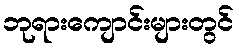
ဘုရားကျောင်းများတွင်